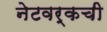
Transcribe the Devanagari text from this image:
नेटवर्कची